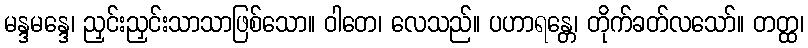
မန္ဒမန္ဒေ၊ ညှင်းညှင်းသာသာဖြစ်သော။ ဝါတေ၊ လေသည်။ ပဟာရန္တေ၊ တိုက်ခတ်လသော်။ တတ္ထ၊